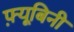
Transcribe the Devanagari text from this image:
फ़्यूबिनी